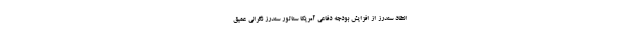
انتقاد سندرز از افزایش بودجه دفاعی آمریکا سناتور سندرز نگرانی عمیق